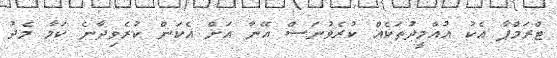
ޓްރަމްޕާ އެކު އުއްމީދުތަކެއް ކުރެވުނަސް އޭނާ އަށް އެކަން ކުރެވިދާނެ ކަމާ މެދު